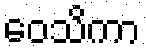
ဝေသိကာ